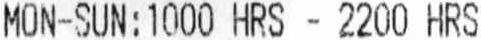
MON-SUN:1000 HRS - 2200 HRS